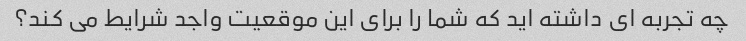
چه تجربه ای داشته اید که شما را برای این موقعیت واجد شرایط می کند؟